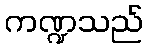
ကဏ္ဍသည်